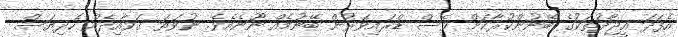
އެފަދަ އީޖާދުތަކުގެ ބޭނުންކުރާކަށް ވެސް ޑްރައިވަރުން ބޭނުމެއް ނޫނެއެވެ. ނުވަތަ ގަވާއިދެއް ހެދިޔަސް